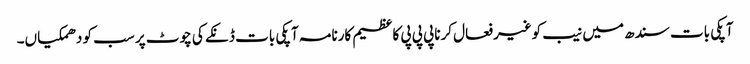
آپکی بات سندھ میں نیب کوغیرفعال کرناپی پی پی کاعظیم کارنامہ آپکی بات ڈنکے کی چوٹ پر سب کو دھمکیاں۔